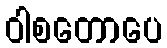
ဝါစတောပေ